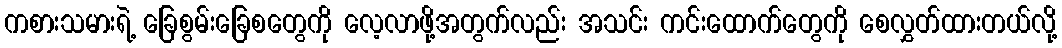
ကစားသမားရဲ့ ခြေစွမ်းခြေစတွေကို လေ့လာဖို့အတွက်လည်း အသင်း ကင်းထောက်တွေကို စေလွှတ်ထားတယ်လို့